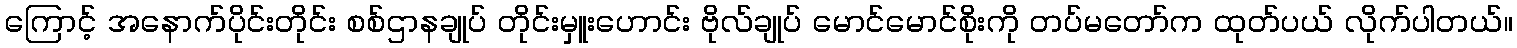
ကြောင့် အနောက်ပိုင်းတိုင်း စစ်ဌာနချုပ် တိုင်းမှူးဟောင်း ဗိုလ်ချုပ် မောင်မောင်စိုးကို တပ်မတော်က ထုတ်ပယ် လိုက်ပါတယ်။